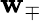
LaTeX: \mathbf{w}_{\mp}